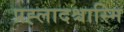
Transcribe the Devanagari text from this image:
प्रह्लादश्चास्मि